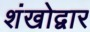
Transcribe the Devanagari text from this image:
शंखोद्वार